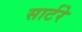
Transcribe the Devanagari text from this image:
सार्टरे